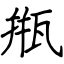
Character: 甁